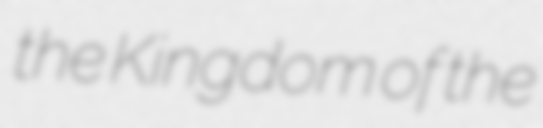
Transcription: the Kingdom of the